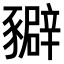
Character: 𧲉